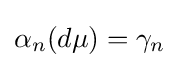
\alpha _{n}(d\mu )=\gamma _{n}